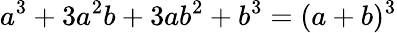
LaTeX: a^{3}+3a^{2}b+3ab^{2}+b^{3}=(a+b)^{3}